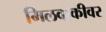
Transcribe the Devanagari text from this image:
मिलवॉकीवर